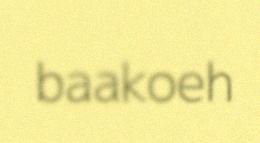
baakoeh